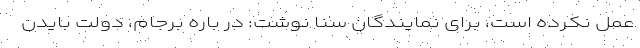
عمل نکرده است، برای نمایندگان سنا نوشت: در باره برجام، دولت بایدن